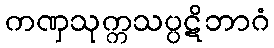
ကဏှသုက္ကသပ္ပဋိဘာဂံ